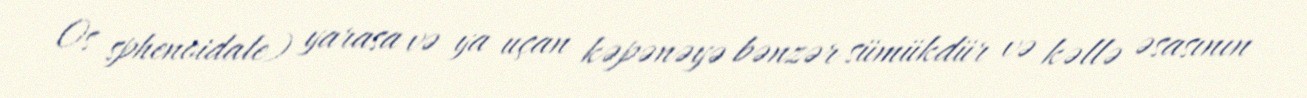
Os sphenoidale) yarasa və ya uçan kəpənəyə bənzər sümükdür və kəllə əsasının